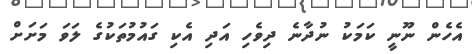
އެެހެން ނޫނީ ކަމަކު ނުދާނެ ދިވެހި އަދި އެކި ގައުމުތަކުގެ ލަވަ މަށަށް